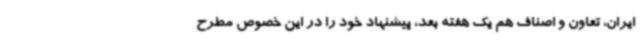
ایران، تعاون و اصناف هم یک هفته بعد، پیشنهاد خود را در این خصوص مطرح